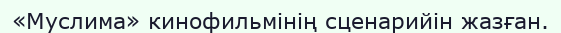
«Муслима» кинофильмінің сценарийін жазған.